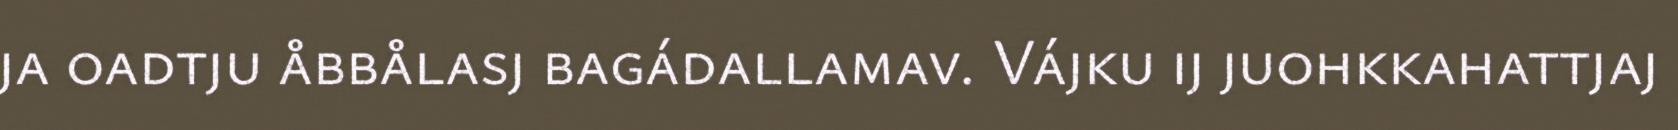
ja oadtju åbbålasj bagádallamav. Vájku ij juohkkahattjaj